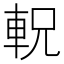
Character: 軦